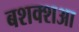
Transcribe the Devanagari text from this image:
बशक्शआ